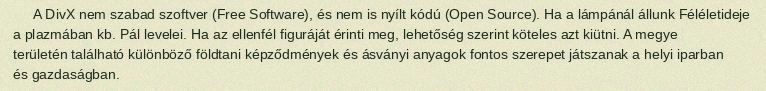
A DivX nem szabad szoftver (Free Software), és nem is nyílt kódú (Open Source). Ha a lámpánál állunk Féléletideje a plazmában kb. Pál levelei. Ha az ellenfél figuráját érinti meg, lehetőség szerint köteles azt kiütni. A megye területén található különböző földtani képződmények és ásványi anyagok fontos szerepet játszanak a helyi iparban és gazdaságban.